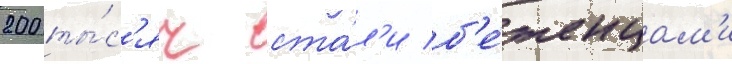
200 ты́с'яч ста́л'и б'е́женцам'и